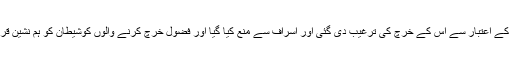
ضرورت کے اعتبار سے اس کے خرچ کی ترغیب دی گئی اور اسراف سے منع کیا گیا اور فضول خرچ کرنے والوں کوشیطان کو ہم نشین قرار دیا گیا۔